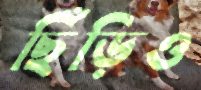
ছিঁড়িও